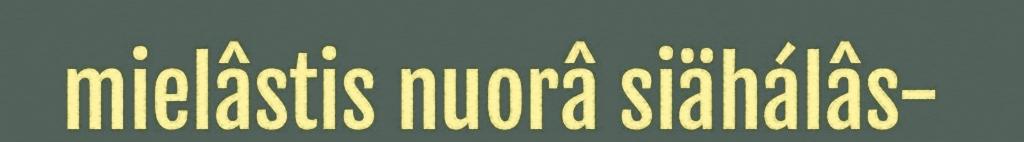
mielâstis nuorâ siähálâs-